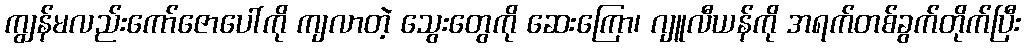
ကျွန်မလည်းကော်ဇောပေါ်ကို ကျလာတဲ့ သွေးတွေကို ဆေးကြော၊ ဂျူလီယန်ကို အရက်တစ်ခွက်တိုက်ပြီး